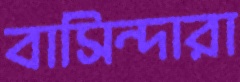
বাসিন্দারা